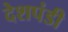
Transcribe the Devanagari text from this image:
देशपंडी